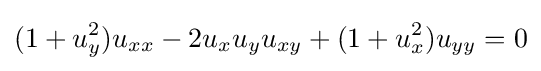
\displaystyle (1+u_{y}^{2})u_{xx}-2u_{x}u_{y}u_{xy}+(1+u_{x}^{2})u_{yy}=0